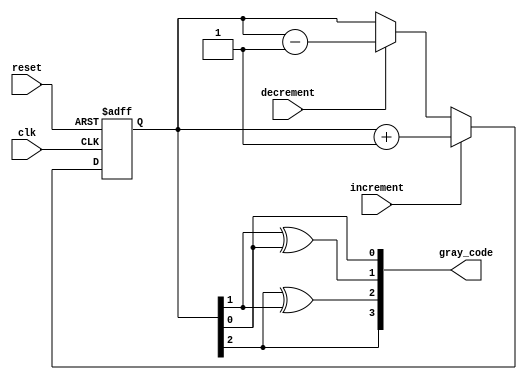
module GrayCounter (
    input wire clk,
    input wire reset,
    input wire increment,
    input wire decrement,
    output reg [3:0] gray_code
);

reg [2:0] gray_code_ff;

always @(posedge clk or posedge reset) begin
    if (reset) begin
        gray_code_ff <= 0;
    end else begin
        if (increment) begin
            gray_code_ff <= gray_code_ff + 1;
        end else if (decrement) begin
            gray_code_ff <= gray_code_ff - 1;
        end
    end
end

assign gray_code[0] = gray_code_ff[0];
assign gray_code[1] = gray_code_ff[1] ^ gray_code_ff[0];
assign gray_code[2] = gray_code_ff[2] ^ gray_code_ff[1];
assign gray_code[3] = gray_code_ff[2];

endmodule